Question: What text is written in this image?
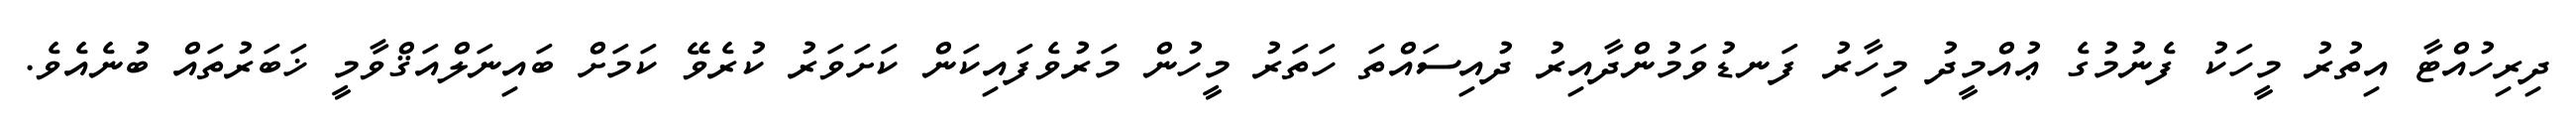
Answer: ދިރިހުއްޓާ އިތުރު މީހަކު ފެނުމުގެ ޢުއްމީދު މިހާރު ފަނޑުވަމުންދާއިރު ދުއިސައްތަ ހަތަރު މީހުން މަރުވެފައިކަން ކަށަވަރު ކުރެވޭ ކަމަށް ބައިނަލްއަޤްވާމީ ޚަބަރުތައް ބުނެއެވެ.